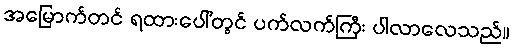
အမြောက်တင် ရထားပေါ်တွင် ပက်လက်ကြီး ပါလာလေသည်။